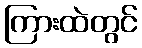
ကြားထဲတွင်